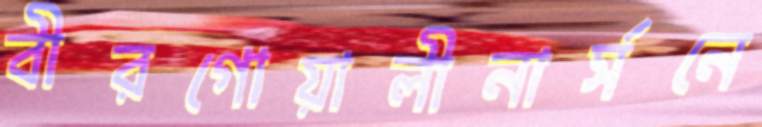
বীরগোয়ালীনার্সনে